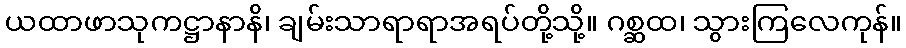
ယထာဖာသုကဋ္ဌာနာနိ၊ ချမ်းသာရာရာအရပ်တို့သို့။ ဂစ္ဆထ၊ သွားကြလေကုန်။